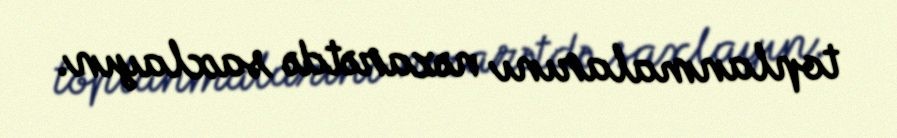
toplanmalarını nəzarətdə saxlayın.